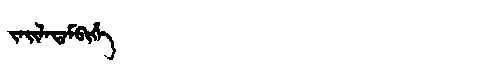
Manchu: ᠵᠠᡳᠯᠠᡨᠠᠮᠪᡳᡥᡝ
Romanization: JAILATAMBIHE